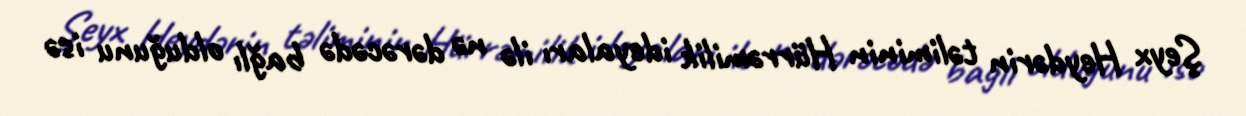
Şeyx Heydərin təliminin Hürrəmilik ideyaları ilə nə dərəcədə bağlı olduğunu isə